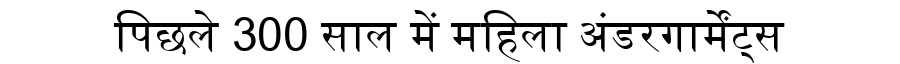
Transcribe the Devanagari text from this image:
पिछले 300 साल में महिला अंडरगार्मेंट्स